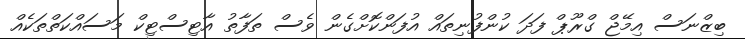
ބިޒްނަސް އިމޭޖް ގްރޫޕް ފަދަ ކުންފުނިތައް އުފަންކޮށްގެން ވެސް ތަފާތު އާޓިސްޓިކް މަސައްކަތްތަކެއް